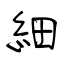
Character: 細